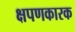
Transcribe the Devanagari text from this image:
क्षपणकारक